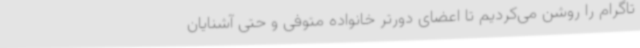
تاگرام را روشن می‌کردیم تا اعضای دورتر خانواده متوفی و حتی آشنایان